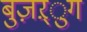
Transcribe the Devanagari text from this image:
बुज़ऱ्ुग